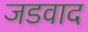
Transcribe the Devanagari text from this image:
जडवाद